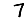
Digit: 7